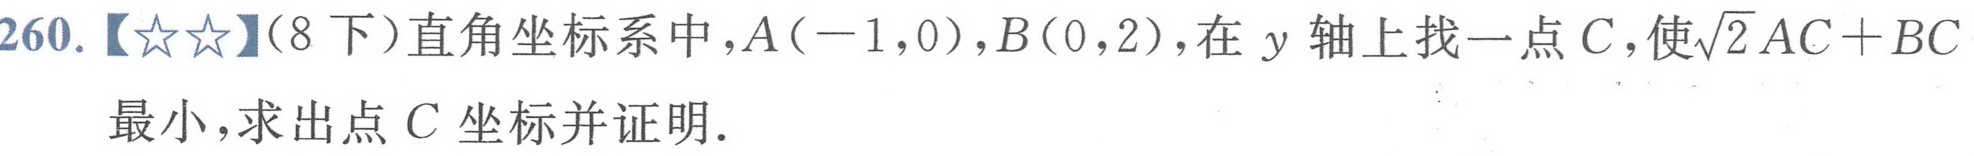
260.【★★】(8下)直角坐标系中，$A(-1,0)$，$B(0,2)$，在$y$轴上找一点$C$，使$\sqrt{2}AC + BC$最小，求出点$C$坐标并证明.